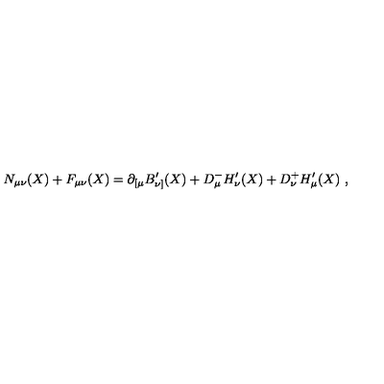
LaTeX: N _ { \mu \nu } ( X ) + F _ { \mu \nu } ( X ) = \partial _ { [ \mu } B _ { \nu ] } ^ { \prime } ( X ) + D _ { \mu } ^ { - } H _ { \nu } ^ { \prime } ( X ) + D _ { \nu } ^ { + } H _ { \mu } ^ { \prime } ( X ) \ ,